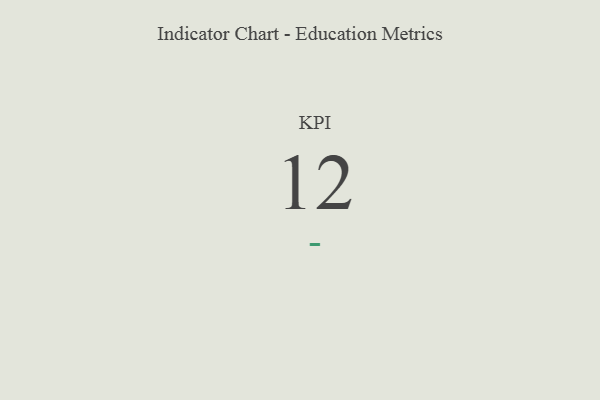
{"axis": {"x": "KPI", "y": "Value"}, "legend": [""], "data": [{"x": "KPI", "y": 12, "type": ""}]}